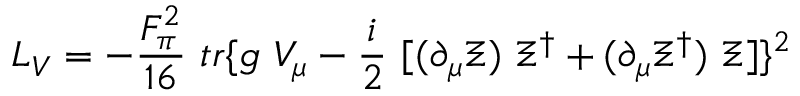
{ \cal { L } } _ { V } = - \frac { F _ { \pi } ^ { 2 } } { 1 6 } ~ t r \{ g ~ V _ { \mu } - \frac { i } { 2 } ~ [ ( \partial _ { \mu } \Xi ) ~ \Xi ^ { \dag } + ( \partial _ { \mu } \Xi ^ { \dag } ) ~ \Xi ] \} ^ { 2 }